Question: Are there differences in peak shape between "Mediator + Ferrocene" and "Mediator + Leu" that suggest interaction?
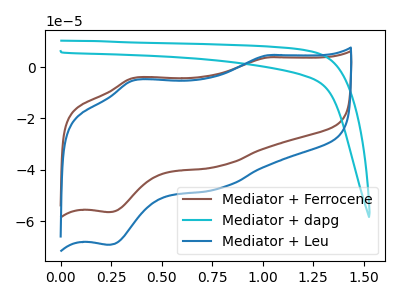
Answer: <think>The brown curve "Mediator + Ferrocene" has anodic peaks at (1.00V, 3.80uA) (0.35V, -4.25uA) and cathodic peaks at (0.80V, -38.65uA) (0.25V, -56.50uA). The cyan curve "Mediator + dapg" has no peaks. The blue curve "Mediator + Leu" has anodic peaks at (1.00V, 4.65uA) (0.35V, -5.20uA) and cathodic peaks at (0.80V, -47.35uA) (0.25V, -69.25uA).
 All the peaks in "Mediator + Ferrocene" have a peak in "Mediator + Leu" at the same potential.</think>
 <answer>No, "Mediator + Ferrocene" and "Mediator + Leu" don't appear to be significantly different in shape</answer>
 <eval>no_change</eval>